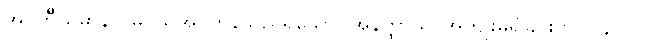
အပ္ပဟိီယမာနာ၊ မပယ်အပ်ကုန်သည်ရှိသော်။ အနတ္ထာယ၊ အကျိုးမရှိခြင်းငှာ။ (၄၀၁)